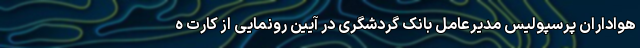
هواداران پرسپولیس مدیرعامل بانک گردشگری در آیین رونمایی از کارت ه